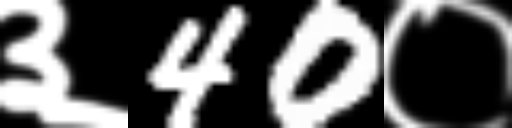
Text: ३40०